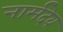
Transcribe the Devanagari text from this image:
नार्मदेव